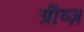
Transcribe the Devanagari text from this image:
ग्रीव्ज़